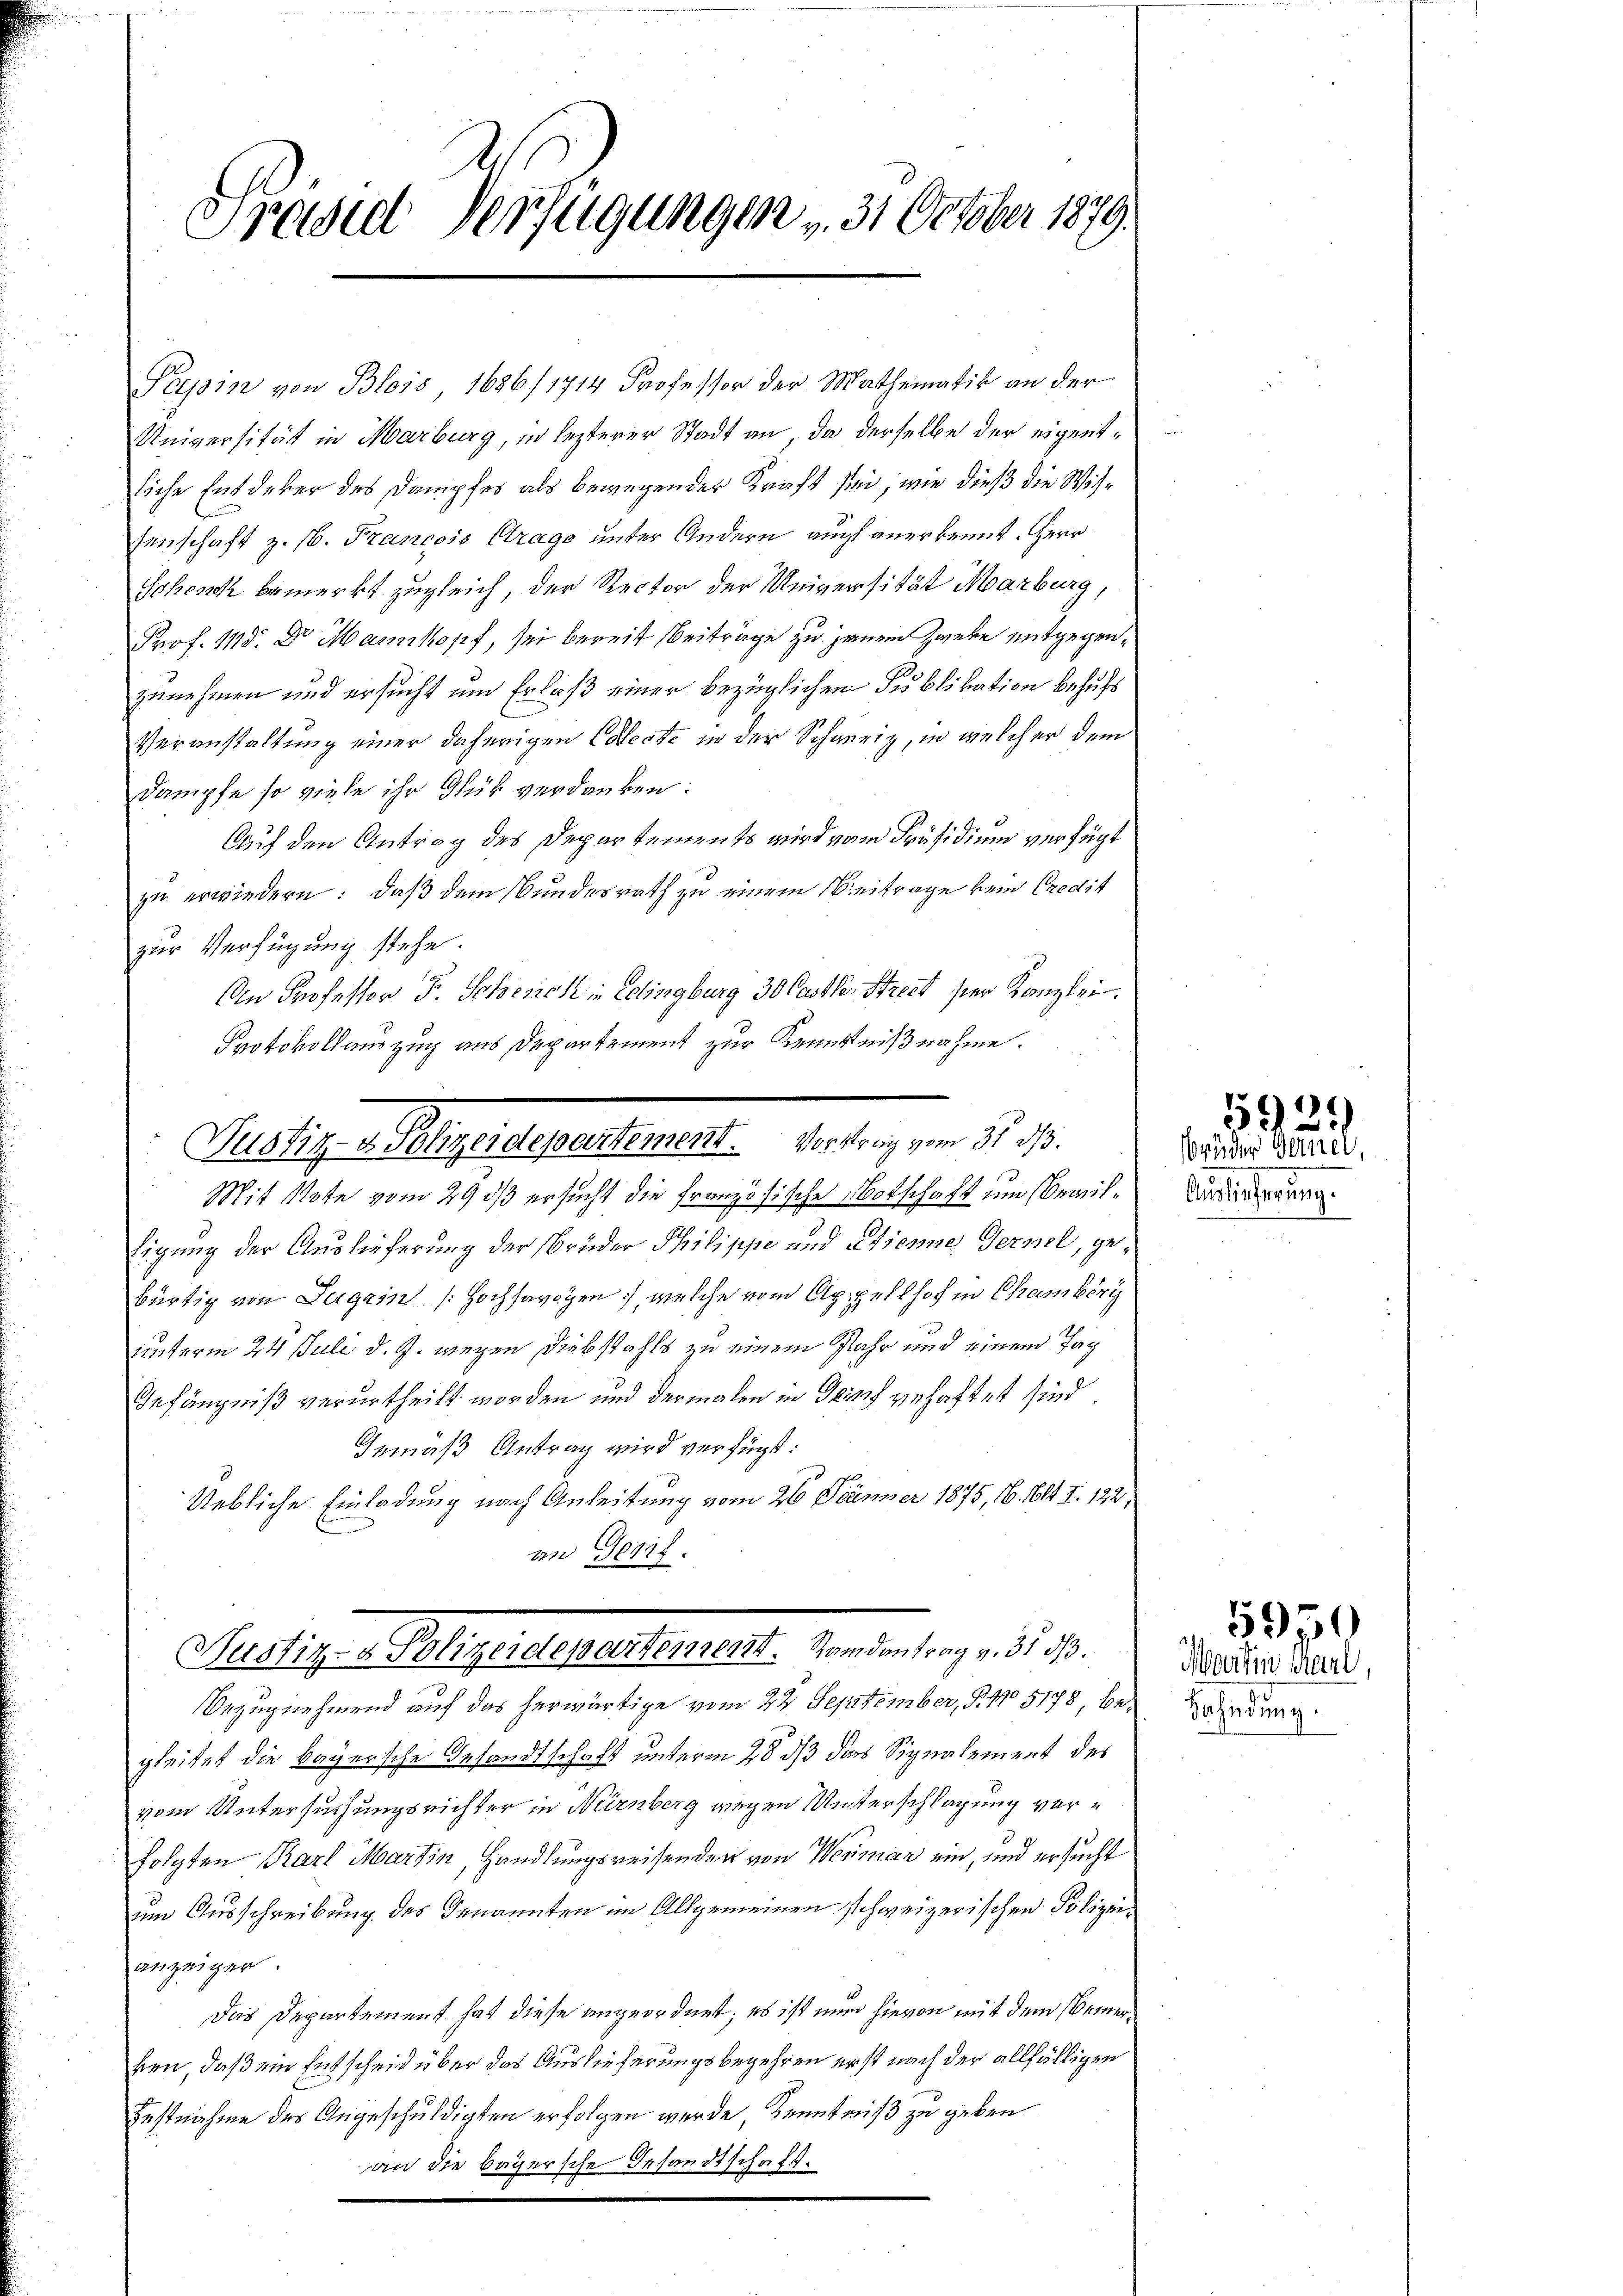
Preised Verfügungen u. 31 October 1879.

Tessin von Blois, 1686/1714 Professor der Mathematik an der
Universität in Marburg, in lezterer Stadt an, da derselbe der eigentliche Entdeker des Dampfes als bewegender Kraft sei, wie dieß die Wissenschaft z. 16. Francois Arago unter Andern auch anerkennt. Herr
Schon bemerkt zugleich, der Rector der Universität Marburg,
Prof. 118. Dr Mannkopf, sei bereit Beiträge zu jenen Zweke entgegenzunehmen und ersucht und Erlaß einer bezüglichen Publikation behufs
Veranstaltung einer daherigen Cosecte in der Schweiz, in welcher dem
Dampfe so viele ihr Glük verdanken.
Auf den Antrag des Departements wird vom Präsidium verfügt
zu erwiedern: daß dem Bundesrath zu einem Beitrage kein Credit
zur Verfügung stehe.
An Professor F. Schenck in Eelingburg 30 Castler Strect hier Kanzlei.
ligung der Auslieferung der Brüder Philippe und Etienner Gernel, gebürtig von Zugrin Hochsavoyen, welche vom Appellhof in Chamberg
unterm 24. Juli d. J. wegen Diebstahls zu einem Jahr und einem Tag
Gefängniß verurtheilt worden und dermalen in Genf vehaftet sind.
Iemäß Antrag wird verfügt:
Uebliche Einladung nach Anleitung vom 26 Dämmer 1875, 16. Okt. I. 122,
in Genf.
Wustiz- & Polizeidepartement. Randantrag v. 31 d
Bezugnehmend auf das herwärtige vom 22. September, P. No 5178 begleitet die bayersche Gesandtschaft unterm 28 dß das Signalement des
vom Untersuchungsrichter in Neirnberg wegen Unterschlagung verfolgten Karl Martin, Handlungsreisenden von Werman ein, und ersucht
um Ausschreibung des Genannten im Allgemeinen schweizerischen Polizeianzeiger
Das Departement hat diese angeordnet; es ist nun hievon mit dem Bemerken, daß ein Entscheid über das Auslieferungsbegehren erst nach der allfälligen
estnahme des Angeschuldigten erfolgen wurde, Kenntniß zu geben
an die bayersche Gesandtschaft.

Protokollauszug aus Departement zur Kenntnißnahme.
Justiz- & Polizeidepartement. Vortrag vom 31. d.
Mit Note vom 29 dß ersucht die Französische Notschaft um Bewil¬

Auslieferung.

5921)
brüder Famill

Martin weil,
Sahndung.

5970